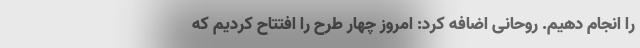
را انجام دهیم. روحانی اضافه کرد: امروز چهار طرح را افتتاح کردیم که